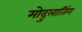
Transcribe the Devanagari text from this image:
मोदुलातिंग